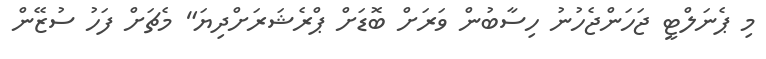
މި ޕެނަލްޓީ ޖަހަންޖެހުނު ހިސާބުން ވަރަށް ބޮޑަށް ޕްރެޝަރަށްދިޔަ" މެޗަށް ފަހު ސުޒޭން